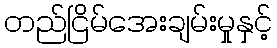
တည်ငြိမ်အေးချမ်းမှုနှင့်